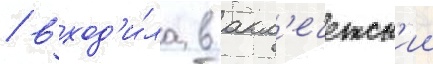
/ вход'и́ла в акм'ечетск'ии